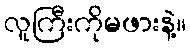
လူကြီးကိုမဖားနဲ့။